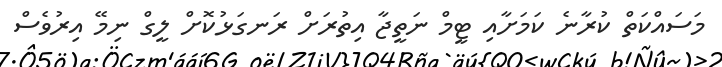
މަސައްކަތް ކުރާނެ ކަމަށާއި ޓީމް ނަތީޖާ އިތުރަށް ރަނގަޅުކޮށް ލީގް ނިމޭ އިރުވެސް